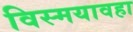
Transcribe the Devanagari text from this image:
विस्मयावहा